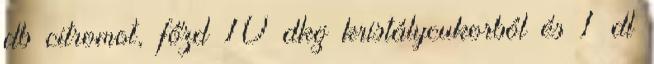
db citromot, főzd 10 dkg kristálycukorból és 1 dl